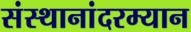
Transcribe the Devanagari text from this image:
संस्थानांदरम्यान